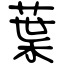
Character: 葉